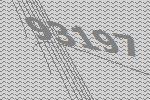
93197